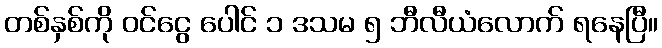
တစ်နှစ်ကို ဝင်ငွေ ပေါင် ၁ ဒသမ ၅ ဘီလီယံလောက် ရနေပြီ။